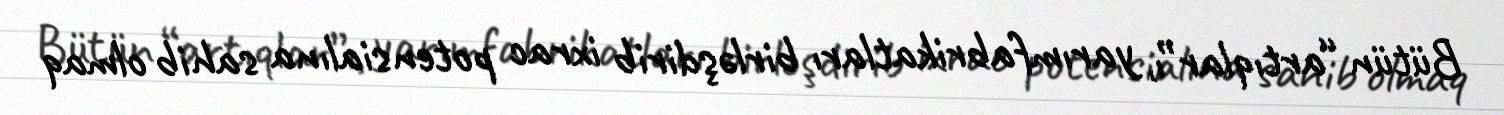
Bütün “artıqlar”ı, yarımfabrikatları birləşdirib ixrac potensialına sahib olmaq